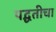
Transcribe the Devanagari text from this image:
पद्घतीचा